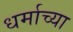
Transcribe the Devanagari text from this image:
धर्माच्‍या